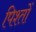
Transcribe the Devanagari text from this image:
पिश्तों